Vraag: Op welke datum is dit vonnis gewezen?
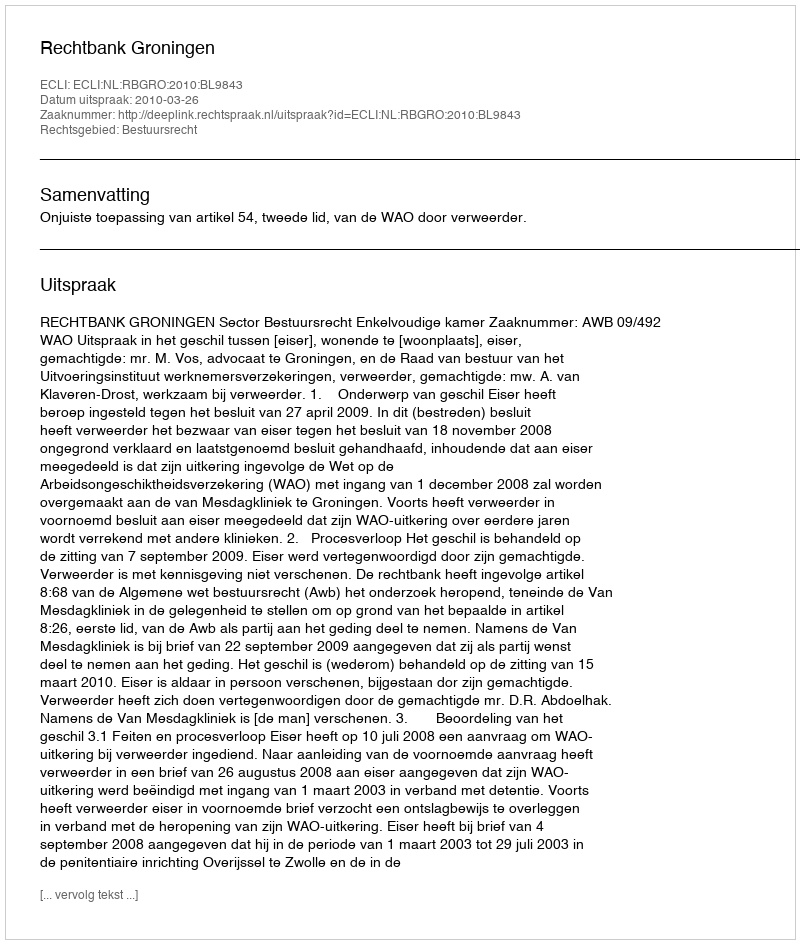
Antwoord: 2010-03-26